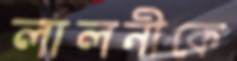
লালনীকে